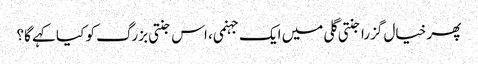
پھر خیال گزرا جنتی گلی میں ایک جہنمی، اس جنتی بزرگ کو کیا کہے گا؟